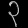
Digit: ၃